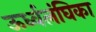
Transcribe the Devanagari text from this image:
ऊर्ध्वलंघिका